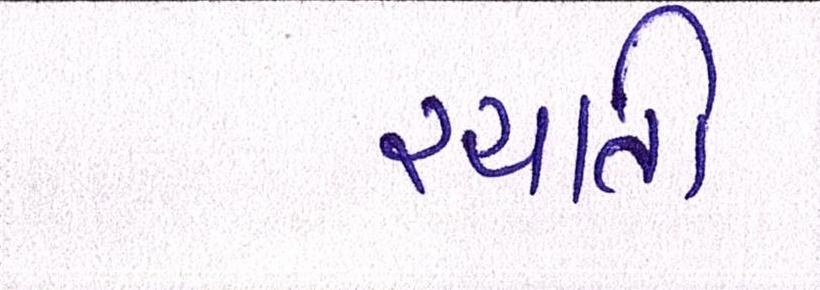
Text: રચાતી